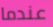
عندما